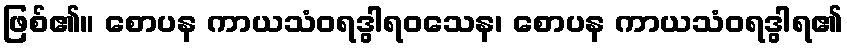
ဖြစ်၏။ စောပန ကာယသံဝရဒွါရဝသေန၊ စောပန ကာယသံဝရဒွါရ၏